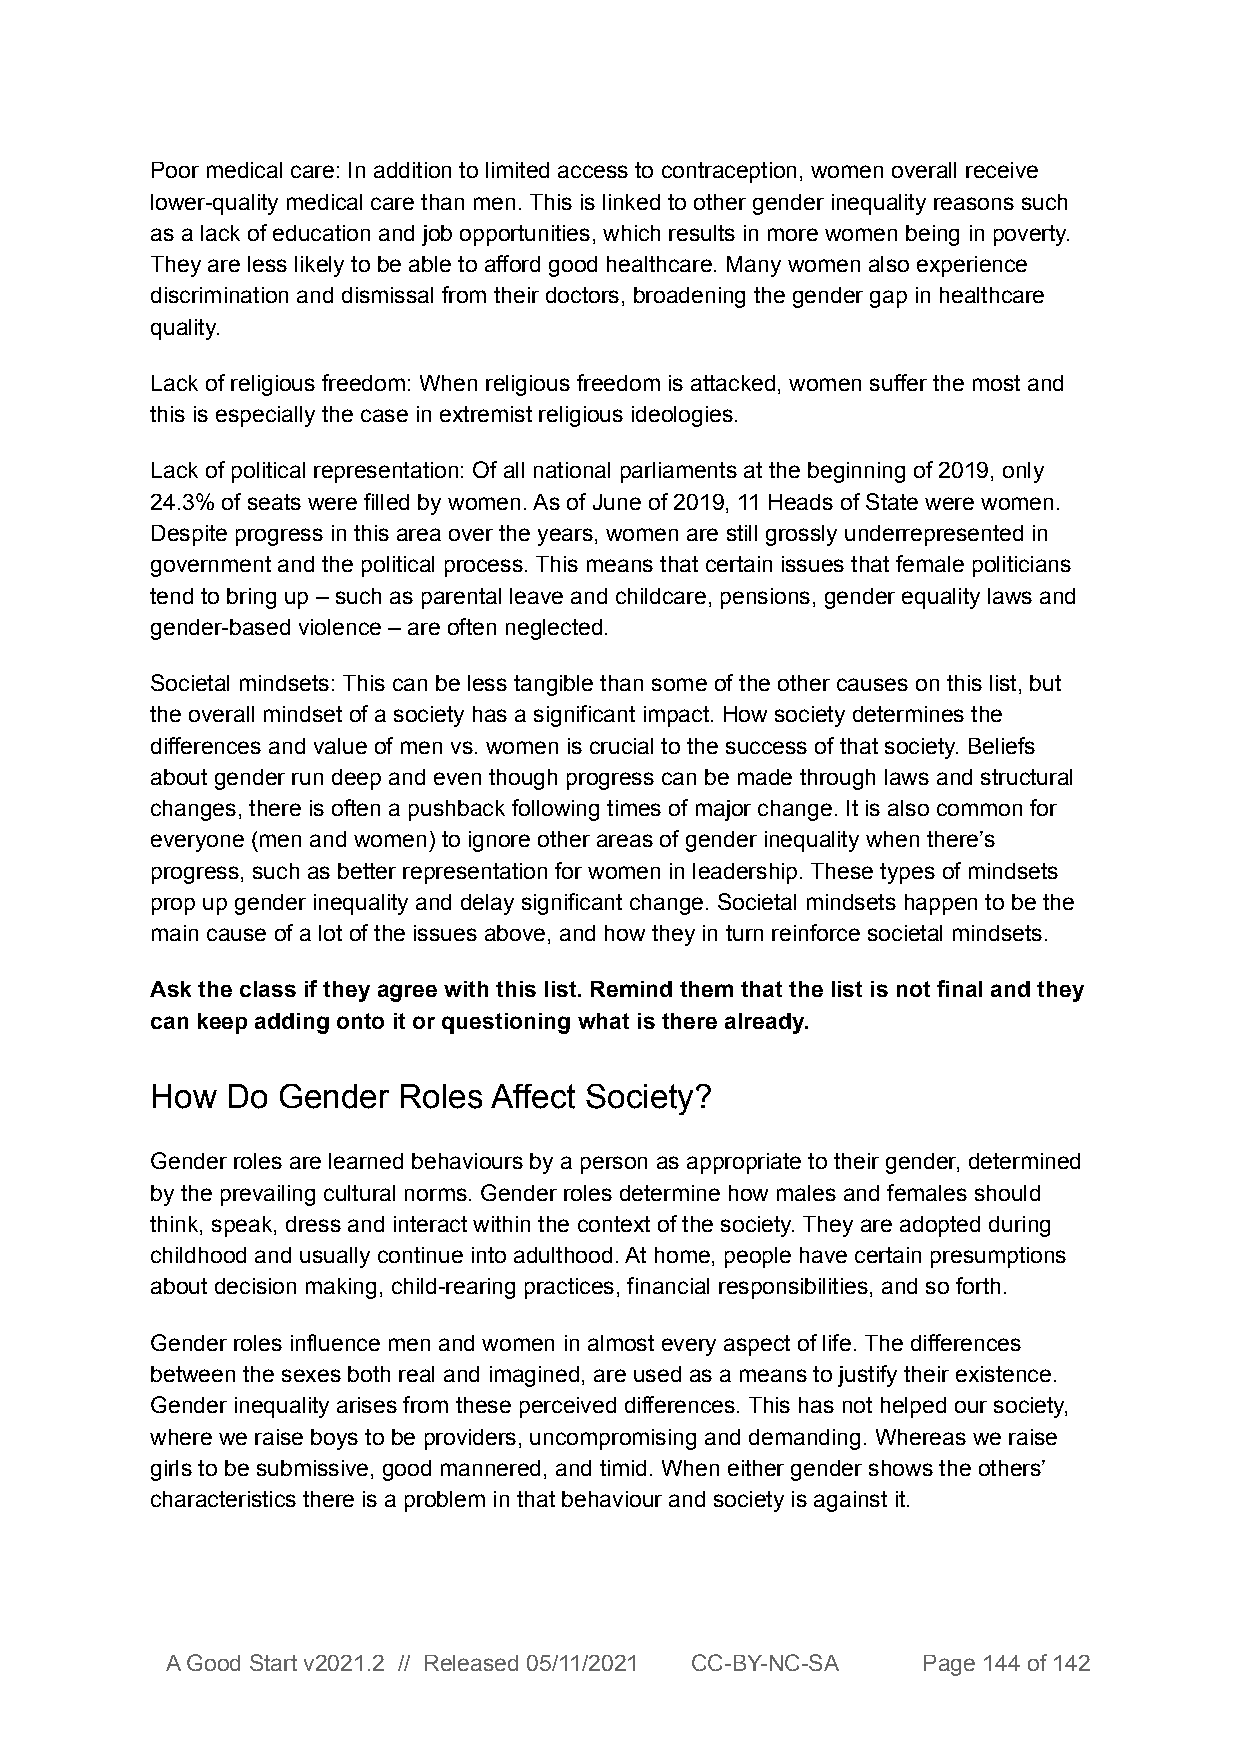
Poor medical care: In addition to limited access to contraception, women overall receive
 lower-quality medical care than men. This is linked to other gender inequality reasons such
 as a lack of education and job opportunities, which results in more women being in poverty.
 They are less likely to be able to afford good healthcare. Many women also experience
 discrimination and dismissal from their doctors, broadening the gender gap in healthcare
 quality.
 Lack of religious freedom: When religious freedom is attacked, women suffer the most and
 this is especially the case in extremist religious ideologies.
 Lack of political representation: Of all national parliaments at the beginning of 2019, only
 24.3% of seats were filled by women. As of June of 2019, 11 Heads of State were women.
 Despite progress in this area over the years, women are still grossly underrepresented in
 government and the political process. This means that certain issues that female politicians
 tend to bring up – such as parental leave and childcare, pensions, gender equality laws and
 gender-based violence – are often neglected.
 Societal mindsets: This can be less tangible than some of the other causes on this list, but
 the overall mindset of a society has a significant impact. How society determines the
 differences and value of men vs. women is crucial to the success of that society. Beliefs
 about gender run deep and even though progress can be made through laws and structural
 changes, there is often a pushback following times of major change. It is also common for
 everyone (men and women) to ignore other areas of gender inequality when there’s
 progress, such as better representation for women in leadership. These types of mindsets
 prop up gender inequality and delay significant change. Societal mindsets happen to be the
 main cause of a lot of the issues above, and how they in turn reinforce societal mindsets.
 Ask the class if they agree with this list. Remind them that the list is not final and they
 can keep adding onto it or questioning what is there already.
 How  Do Gender  Roles Affect Society?
 Gender roles are learned behaviours by a person as appropriate to their gender, determined
 by the prevailing cultural norms. Gender roles determine how males and females should
 think, speak, dress and interact within the context of the society. They are adopted during
 childhood and usually continue into adulthood. At home, people have certain presumptions
 about decision making, child-rearing practices, financial responsibilities, and so forth.
 Gender roles influence men and women in almost every aspect of life. The differences
 between the sexes both real and imagined, are used as a means to justify their existence.
 Gender inequality arises from these perceived differences. This has not helped our society,
 where we raise boys to be providers, uncompromising and demanding. Whereas we raise
 girls to be submissive, good mannered, and timid. When either gender shows the others’
 characteristics there is a problem in that behaviour and society is against it.
 A Good Start v2021.2 // Released 05/11/2021 CC-BY-NC-SA Page 144 of 142